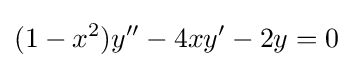
(1-x^{2})y''-4xy'-2y=0